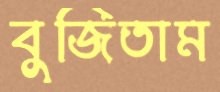
বুজিতাম